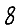
Digit: 8